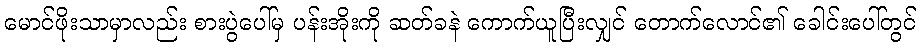
မောင်ဖိုးသာမှာလည်း စားပွဲပေါ်မှ ပန်းအိုးကို ဆတ်ခနဲ ကောက်ယူပြီးလျှင် တောက်လောင်၏ ခေါင်းပေါ်တွင်